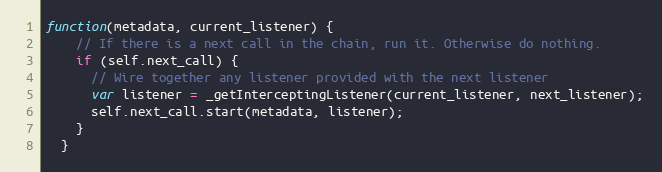
Language: JavaScript
function(metadata, current_listener) {
    // If there is a next call in the chain, run it. Otherwise do nothing.
    if (self.next_call) {
      // Wire together any listener provided with the next listener
      var listener = _getInterceptingListener(current_listener, next_listener);
      self.next_call.start(metadata, listener);
    }
  }